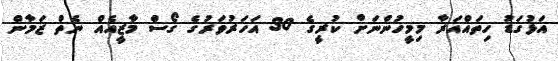
އަޅުގަޑު ހިތައްއަރާ މިމީހުންނަށް ކުރީގެ 30 އަހަރުވަރުގެ ގޯސް މާޒީއެއް ނެތް ޒަމާން